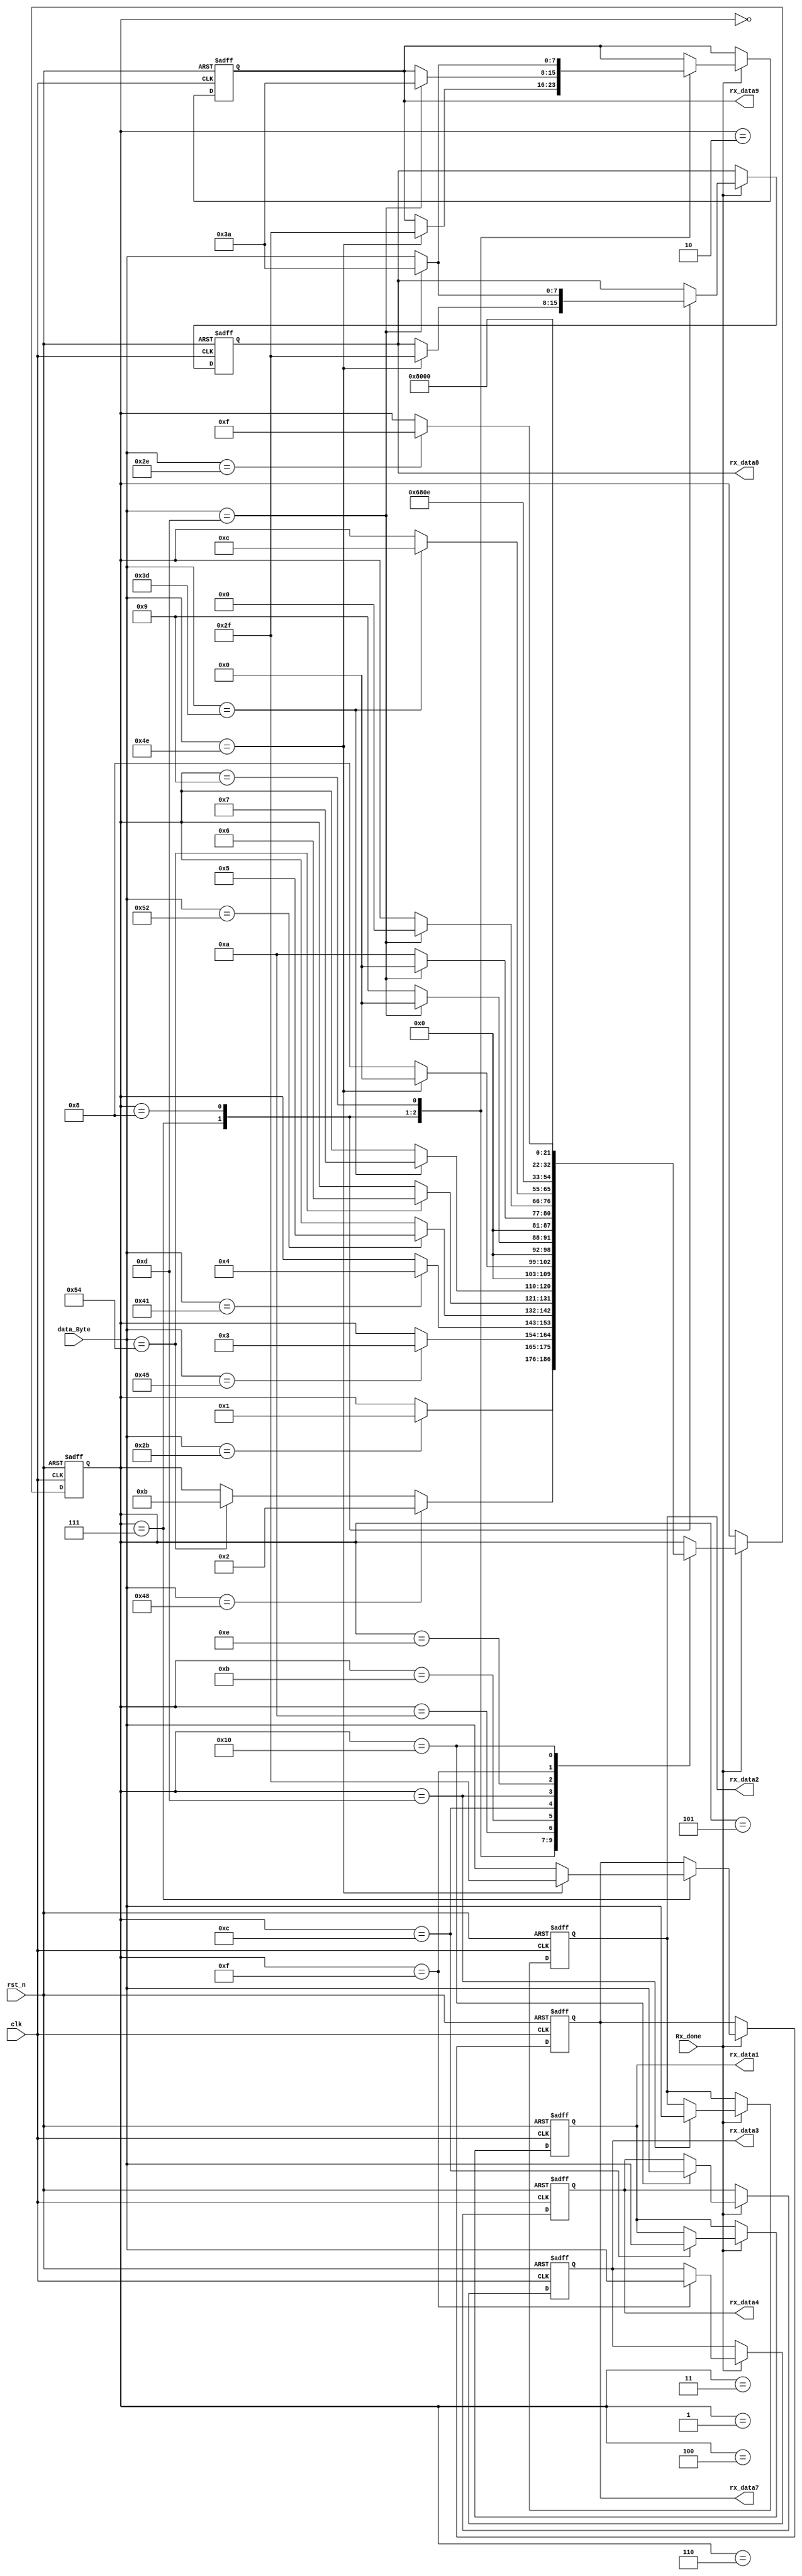
module rx_content3(
 input clk,rst_n,
 input [7:0] data_Byte,
 input Rx_done,
 output reg [7:0]rx_data1,
 output reg [7:0]rx_data2,
 output reg [7:0]rx_data3,
 output reg [7:0]rx_data4,
 
 
 output reg [7:0]rx_data7,
 output reg [7:0]rx_data8,
 output reg [7:0]rx_data9
 
    );

 reg [10:0] cnt1;	

always@(posedge clk or negedge rst_n)
begin
      if(!rst_n)  
        begin  
           rx_data1<='d0;
           rx_data2<='d0;
           rx_data3<='d0;
	        rx_data4<='d0;  
           
           rx_data7<='d0;
           rx_data8<='d0;
           rx_data9<='d0;
	        cnt1 <= 'd0;
          
	      end
     else if(Rx_done)
     begin
          case(cnt1)
           0:begin
              if(data_Byte=="+")
                cnt1<='d1;
             end
           1:begin
              if(data_Byte=="H")
                cnt1<='d2;
              else if(data_Byte=="T")
                 cnt1<='d11;
             end
           2:begin
             if(data_Byte=="E")
                cnt1<='d3;
             end
           3:begin
             if(data_Byte=="A")
                cnt1<='d4;
             end
           4:begin
             if(data_Byte=="R")
                cnt1<='d5;
             end
           5:begin
             if(data_Byte=="T")
                cnt1<='d6;
             end
           6:begin
             if(data_Byte=="=")
                cnt1<='d7;
             end
           7:begin
             if(data_Byte=="N") begin
                cnt1<='d0;
                rx_data7<=8'd47;
                rx_data8<=8'd47;
                rx_data9<=8'd47;
                
             end
             else begin
                rx_data7<=data_Byte; 
                 cnt1<='d8;end
             end
           8:begin
                if(data_Byte==8'b00001101) begin
                    cnt1<='d0;
                    rx_data8<=8'd58; 
                    rx_data9<=8'd58; end
                else  begin
                  rx_data8<=data_Byte;
                    cnt1<='d9;     end
             end
           9:begin
              if(data_Byte==8'b00001101) begin
                cnt1<='d0;
                rx_data9<=8'd58;       end
               else  begin
                   rx_data9<=data_Byte;
                   cnt1<='d10;     end
             end
           10:begin
              if(data_Byte==8'b00001101)
                cnt1<='d0;
             end
             
           
           
           
           
           
           11:begin
             if(data_Byte=="=")
                cnt1<='d12;
             end
           12:begin
              rx_data1<=data_Byte;
              cnt1<='d13;
             end
           13:begin
              rx_data2<=data_Byte;
              cnt1<='d14;
             end
           14:begin
              if(data_Byte==".")
                cnt1<='d15;
             end
           15:begin
              rx_data3<=data_Byte;
              cnt1<='d16;
             end
           16:begin
              rx_data4<=data_Byte;
              cnt1<='d0;
             end
          
           default:     ;
         endcase
             
     end
    
end
endmodule